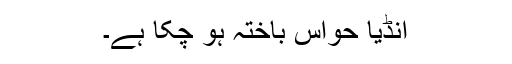
انڈیا حواس باختہ ہو چکا ہے۔